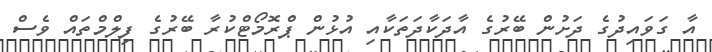
އާ ގަވައިދުގެ ދަށުން ބޭރުގެ އާދަކާދަތަކާއި އުޅުން ޕްރޮމޯޓްކުރާ ބޭރުގެ ފިލްމްތައް ވެސް